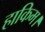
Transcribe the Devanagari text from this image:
हाकिम।